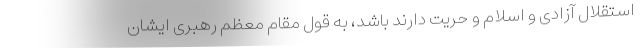
استقلال آزادی و اسلام و حریت دارند باشد، به قول مقام معظم رهبری ایشان